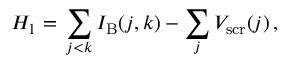
H _ { 1 } = \, \sum _ { j < k } I _ { \mathrm { B } } ( j , k ) - \sum _ { j } V _ { \mathrm { s c r } } ( j ) \, ,